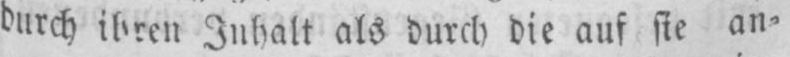
durch ihren Inhalt als durch die auf sie an⸗